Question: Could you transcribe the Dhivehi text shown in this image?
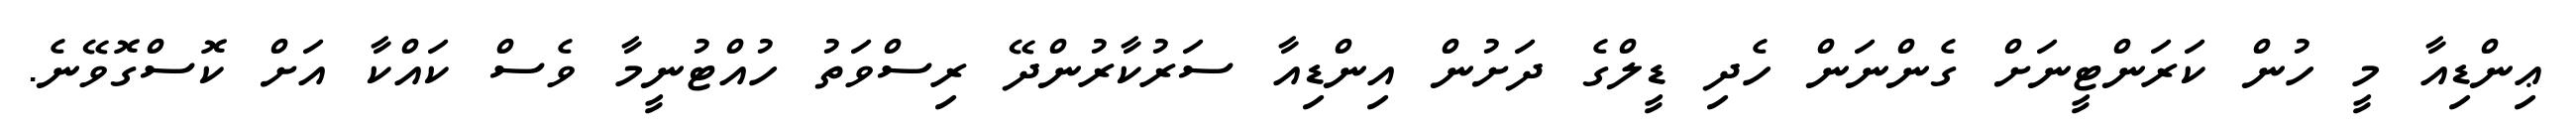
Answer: ޢިންޑިއާ މީ ހުން ކަރަންޓީނަށް ގެންނަން ހެދި ޑީލްގެ ދަށުން އިންޑިއާ ސަރުކާރުންދޭ ރިސްވަތު ހުއްޓުނީމާ ވެސް ކައްކާ އަށް ކޮސްގޮވޭނެ.